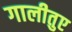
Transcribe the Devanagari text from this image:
गालीतुए